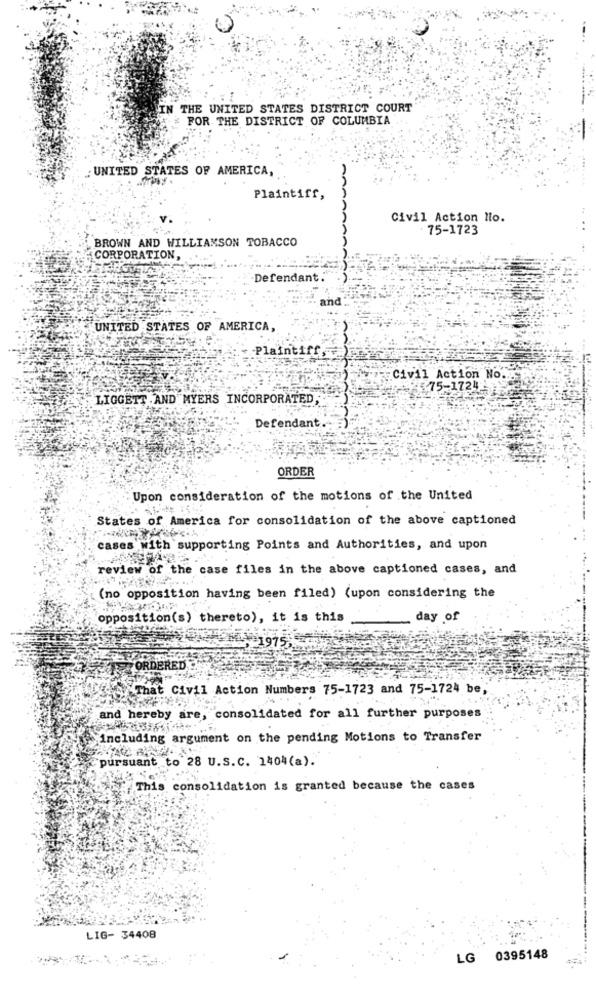
IN THE UNITED STATES DISTRICT COURT
FOR THE DISTRICT OF COLUMBIA
: UNITED STATES OF AMERICA,
an
Plaintiff,
Civil Action No.
75-1723
BROWN AND WILLIAMSON TOBACCO
CORPORATION,
Defendant.
and
UNITED STATES OF AMERICA,
Plaintiff
Civil Action No ..
4575-1724
LIGGETT . AND MYERS INCORPORATED,
Defendant.
ORDER
Upon consideration of the motions of the United
States of America for consolidation of the above captioned
cases with supporting Points and Authorities, and upon
review of the case files in the above captioned cases, and
(no opposition having been filed) (upon considering the
opposition(s) thereto), it is this
day of
ORDERED
That Civil Action Numbers 75-1723 and 75-1724 be,
and hereby are, consolidated for all further purposes
including argument on the pending Motions to Transfer
pursuant to 28 U.S. c. 1404(a).
This consolidation is granted because the cases
LIG- 34408
LG 0395148